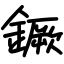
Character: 鐝